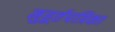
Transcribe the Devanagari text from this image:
मुहूर्तपत्रिका